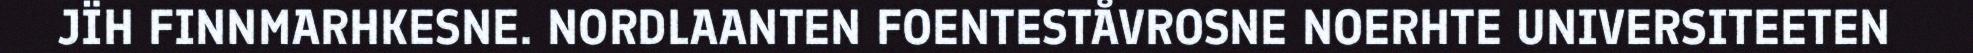
JÏH FINNMARHKESNE. NORDLAANTEN FOENTESTÅVROSNE NOERHTE UNIVERSITEETEN